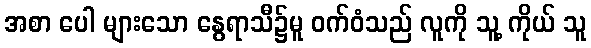
အစာ ပေါ များသော နွေရာသီ၌မူ ဝက်ဝံသည် လူကို သူ့ ကိုယ် သူ